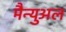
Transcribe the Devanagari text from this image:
मैन्‍युअल